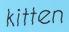
kitten